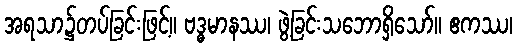
အရသာ၌တပ်ခြင်းဖြင့်။ ဗဒ္ဓမာနဿ၊ ဖွဲ့ခြင်းသဘောရှိသော်။ ဧကဿ၊